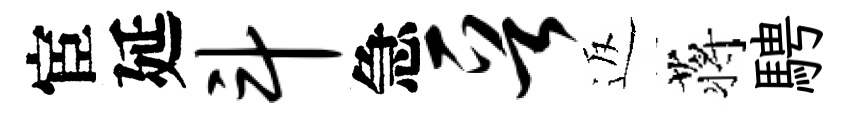
宦延斗急晋返蒋騁